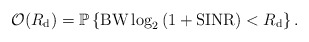
\begin{align*}\mathcal{O}(R_{\rm{d}})=\mathbb{P}\left\{{{{\rm BW}}} \log_2 \left(1+{\rm SINR} \right)<R_{\rm{d}} \right\}.\end{align*}